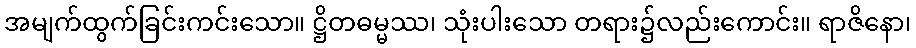
အမျက်ထွက်ခြင်းကင်းသော။ ဋ္ဌိတဓမ္မဿ၊ သုံးပါးသော တရား၌လည်းကောင်း။ ရာဇိနော၊